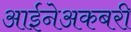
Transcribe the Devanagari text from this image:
आईनेअकबरी